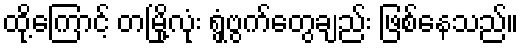
ထို့ကြောင့် တမြို့လုံး ရွှံ့ဗွက်တွေချည်း ဖြစ်နေသည်။